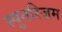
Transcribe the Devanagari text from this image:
स्पूनरिज़म